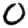
Digit: 0